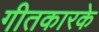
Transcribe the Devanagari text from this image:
गीतकारके